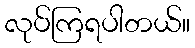
လုပ်ကြရပါတယ်။